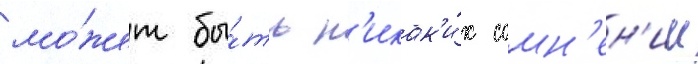
мо́жет бы́ть н'икак'и́х сомн'ен'ии